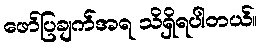
ဖော်ပြချက်အရ သိရှိရပါတယ်။